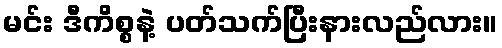
မင်း ဒီကိစ္စနဲ့ ပတ်သက်ပြီးနားလည်လား။